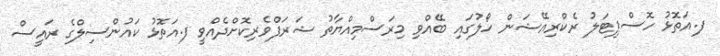
ފ.އަތޮޅު ހޮސްޕިޓަލު ރެކްރިއޭޝަން ހޯލުގައި ބޭއްވި މިރަސްމިއްޔާތު ޝަރަފްވެރިކޮށްދެއްވީ ފ.އަތޮޅު ކައުންސިލްގެ ރައީސް